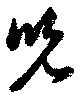
児